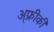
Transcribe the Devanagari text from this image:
अ्फ्रीकी